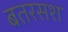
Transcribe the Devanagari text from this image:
बतरसश